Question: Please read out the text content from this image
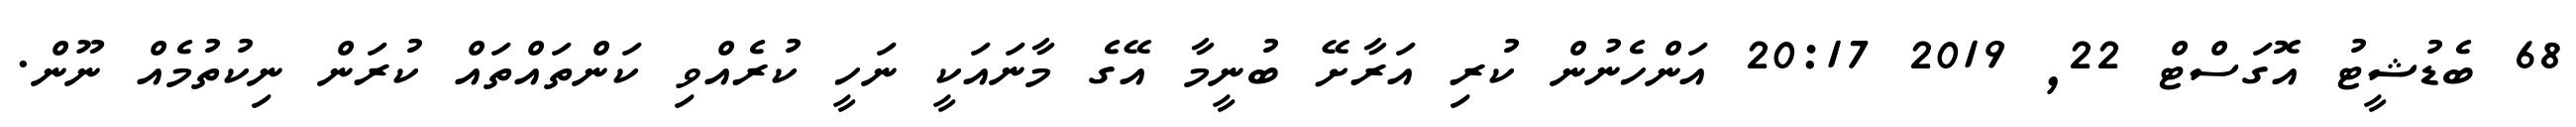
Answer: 68 ބެޑުޝީޓު އޮގަސްޓް 22, 2019 20:17 އަންހެނުން ކުރި އަރާށޭ ބުނީމާ އޭގެ މާނައަކީ ނަހީ ކުރެއްވި ކަންތައްތައް ކުރަން ނިކުތުމެއް ނޫން.